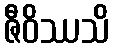
ဇီဝိဿသိ